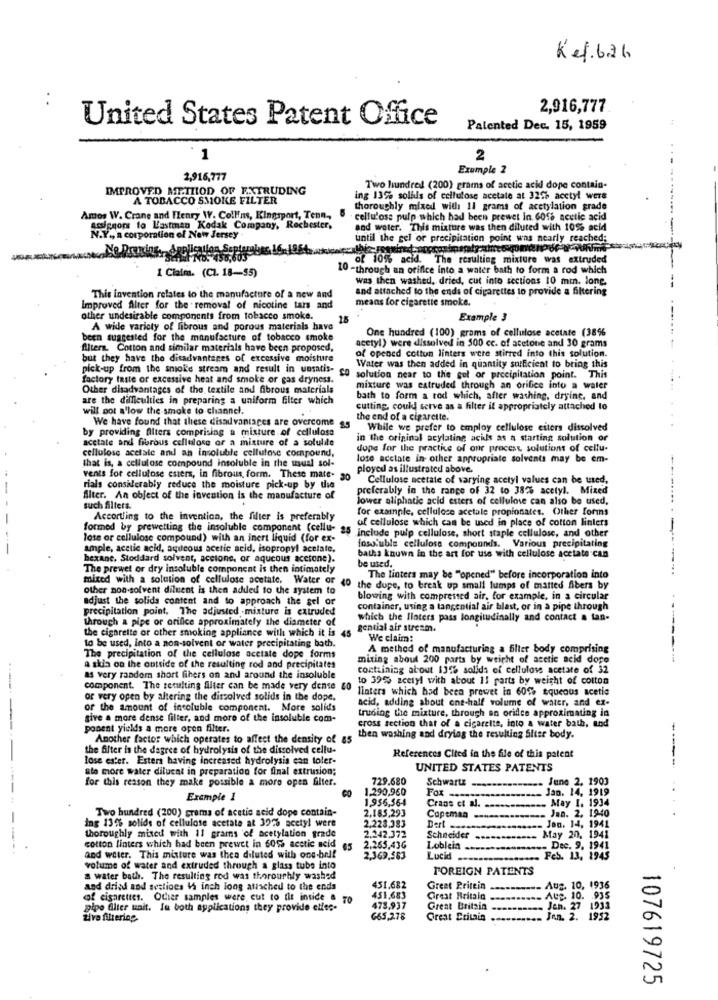
Kef.bah
2,916,777
United States Patent Office
Patented Dec. 15, 1959
..
1
2
Exumple 2
2,916,777
IMPROVED METHOD OF EXTRUDING
Two hundred (200) grams of acetic acid dope contain-
A TOBACCO SMOKE FILTER
ing 13% solids of cellulose acetate at 325% acetyl were
thoroughly mixed with 11 grams of acetylation grade
Amos W. Crane and Henry W. Collins, Kingsport, Tenn ,,
cellulose pulp which had been prewet in 6016 acetic acid
scopnom to Lastman Kodak Company, Rochester,
and water. This mixture was then diluted with 10% acid
N.Y ., A corporation of New Jersey
until the gel or precipitation point was nearly reached;
sefal No. 458,603
of 10% acid. The resulting mixture was extruded
10 -through an orifice into a water bath to form a rod which
1 Claim. (CL. 18-55)
was then washed, dried, cut into sections 10 min. lone,
and attached to the ends of cigarettes to provide a filtering
This invention relates to the manufacture of a new and
means for cigarette smoke.
Improved Alter for the removal of nicotine tais and
other undesirable components from tobacco smoke.
15
Example 3
A wide variety of fibrous and porous materials have
One hundred (100) grams of cellulose acetate (38%
been suggested for the manufacture of tobacco smoke
Alters. Cotton and similar materials have been proposed,
acetyl) were dissolved in 500 cc. of acetone and 30 grams
of opened cottun linters were stirred into this solution.
but they have the disadvantages of excessive moisture
pick-up from the smoke stream and result in unsatis-
Water was then added in quantity sufficient to bring this
factory faste or excessive heat and smoke or gas dryness.
CO solution near to the gel or precipitation point. This
Other disadvantages of the textile and fibrous materials
mixture was extruded through an orifice into a water
are the difficulties in preparing a uniform filter which
bath to form a rod which, after washing, dryine, and
will not allow the smoke to channel.
cutting, could serve as a filter il appropriately attached to
We have found that these disadvantages are overcome
the end of a cigarette.
by providing filters comprising a mixture of cellulosa
While we prefer to employ cellulose esters dissolved
acetate and fibrous cellulose or a mixture of a solulite
in the original acylating acids as a starting solution or
cellulose acetate and an insoluble cellulose compound,
dupe for the practice of our process solutions of cellu-
that is, a cellulose compound insoluble in the usual sol-
lose acclate in other appropriate solvents may be em-
ployed as illustrated above.
vents for cellulose esters, in fibrous, form. These mate.
Cellulose acetate of varying acetyl values can be used,
rials considerably reduce the moisture pick-up by the
preferably in the range of 32 to 38% acetyl. Mixed
Alter. An object of the invention is the manufacture of
lower aliphatic acid esters of cellulose can also be used,
---....
such filters.
for example, cellulose acetale propionates. Other forms
Accortiing to the invention, the filter is preferably
of cellulose which can be used in place of cotton linlers
formed by prewetting the insoluble component (cellu-
- 25
include pulp cellulose, short staple cellulose, and other
-
lote or cellulose compound) with an inert liquid (for ex-
fosoluble cellulose compounds. Various precipitating
ample, acetic acid, aqueous acetic acid, isopropyl acclate.
bexane, Stoddard solvent, acetone, or aqueous acetone).
be used.
baths knuwn in the art for use with cellulose acetate can
The prewet or dry insoluble component is then intimately
mixed with a solution of cellulose acetate. Water or
The linters may be "opened" before incorporation into
other non-solvent diluent is then added to the system to
40 the dupe, to break up small lumps of matted Albers by
adjust the solids content and to approach the gel or
blowing with compressed air, for example, in a circular
precipitation point, The adjusted -mixture is extruded
container, using a tangential air blast, or in a pipe through
through a pipe or orifice approximately the diameter of
which the Ilaters pass longitudinally and contact a tan-
the cigarette or other smoking appliance with which it is 45
gential air stream.
We claim:
to be used, into a non-solvent or water precipitating bath.
A method of manufacturing a filter body comprising
The precipitation of the cellulose acetate dope forms
mixing about 200 parts by weight of acetic acid dope
a skin on the outside of the resulting rod and precipitates
containing about 131% solids of cellulose acetate of $2
as very random short fibers on and around the insoluble
to 39% zcetyl with about 11 parts by weight of cotton
component. The resulting Alter can be made very dense 80
llaters which had been prewet in 60% aqueous acetic
or very open by altering the dissolved solids in the dope.
acid, adding about one-half volume of water, and ex-
of the amount of insoluble component. More solids
truding the mixture, through an orifice approximating in
give a more dense filter, and more of the insoluble com-
cross section that of a cigarette, into a water bath, and
ponent yields a more open filter.
Another factor which operates to affect the density of 85
then washing and drying the resulting Siter body.
the filter is the degree of hydrolysis of the dissolved cellu-
lose ester. Esters having increased hydrolysis can toler-
References Cited in the file of this patent
-----
ato thore water diluent in preparation for final extrusion;
UNITED STATES PATENTS
for this reason they make possible a more open filter.
729.680
June 2. 1903
CO
1.290,960
Schwartz -
Fox -.-
Jan. 14. 1919
..
Example 1
1.956,564
May I. 1934
Two hundred (200) grams of acetic acid dope contain-
2.185,293
Crans et al.
Jan. 2. 1940
Copemaa -----
Jon. 14, 1941
ing 13% solids of cellulose acetate at 32% acetyl were
2.228,383
2.242.372
Dert.
thoroughly misci with 11 grams of acetylation grade
Schneider
May 20, 1941
...
cotton linters which had been prewet in 605% acetic acid 65
2.265,436
Lobleia -
-- Dec. 9. 1941
and water. This mixture was thea diluted with one-bell
2,369,563
Lucid-
.. Feb. 13, 1945
volume of water and extruded through a glass tube into
FOREIGN PATENTS
a water bath. The resulting rod was thoroughly washed
and dried and sestioes 15 inch long attached to the enda
451.682
Greet Pritein
Aug. 10, 1936
of cigarettes. Other samples were cut to Ile inside & To
451,683
Cireat Britala
Aug. 10. 935
pipo Alter unit. fu both applications they provide elles-
478,937
Great Britain
. Jen. 27 1933
tive filtering
665,278
Great Britain
Jen. 2. 1932
107619725